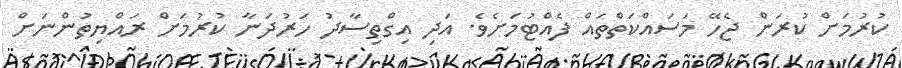
ކުރުމަށް ކުރަން ޖެހޭ މަސައްކަތްތައް ފެއްޓުމަށެވެ. އަދި އިގްތިސާދު ހަރުދަނާ ކުރުމަށް ރައްޔިތުންނަށް